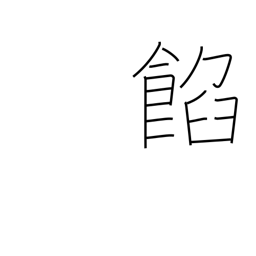
Meaning: bean jam